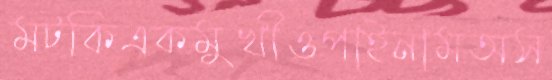
মটকিএকমুখীওপাইনামঅস